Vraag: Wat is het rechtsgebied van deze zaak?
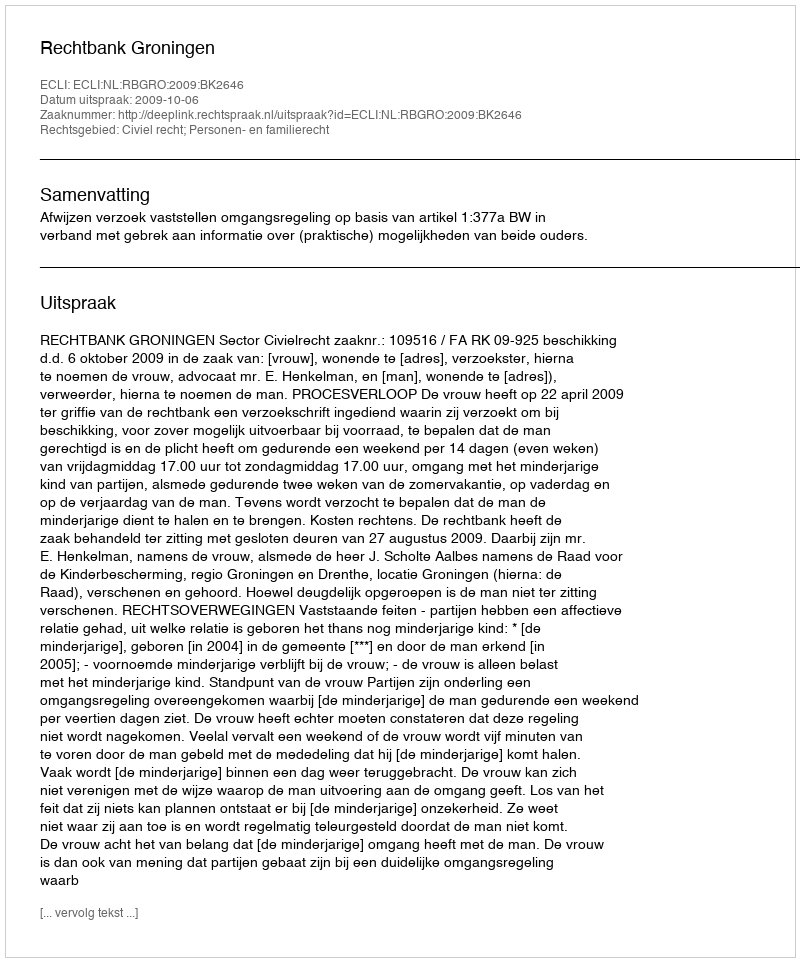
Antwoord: Civiel recht; Personen- en familierecht